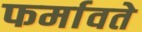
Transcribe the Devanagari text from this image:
फर्मावते